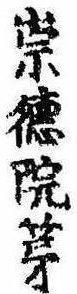
崇徳院第